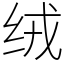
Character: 绒